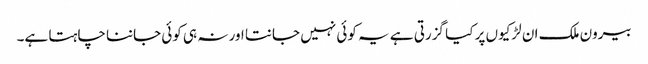
بیرون ملک ان لڑکیوں پر کیا گزرتی ہے یہ کوئی نہیں جانتا اور نہ ہی کوئی جاننا چاہتا ہے۔